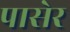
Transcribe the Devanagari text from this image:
पासेर